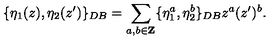
\{ \eta _ { 1 } ( z ) , \eta _ { 2 } ( z ^ { \prime } ) \} _ { D B } = \sum _ { a , b \in { \bf Z } } \{ \eta _ { 1 } ^ { a } , \eta _ { 2 } ^ { b } \} _ { D B } z ^ { a } ( z ^ { \prime } ) ^ { b } .